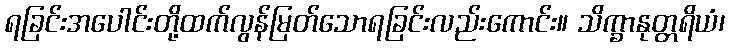
ရခြင်းအပေါင်းတို့ထက်လွန်မြတ်သောရခြင်းလည်းကောင်း။ သိက္ခာနုတ္တရိယံ၊